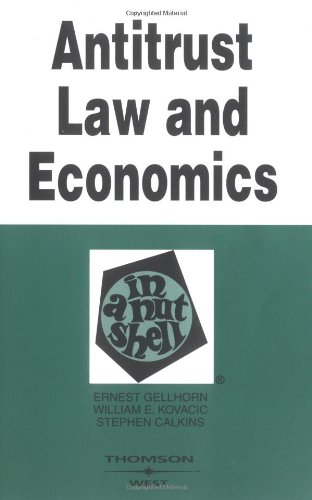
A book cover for Antitrust Law and Economics in a Nutshell; Ernest Gellhorn; Law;